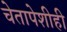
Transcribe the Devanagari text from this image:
चेतापेशीही